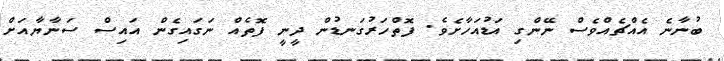
ބުނާނެ އެއްޗެއްވެސް ނޭންގި އަޑުއަހާށެވެ. ފޮތްހަރުގަނޑުން ދީނީ ފޮތެއް ނަގައިގެން އައިސް ސަނާޔާއަށް